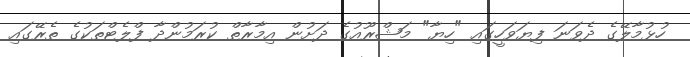
ހުޅުމާލޭގެ ދެވަނަ ފިޔަވަހީގައި "ހިޔާ" މަޝްރޫއުގެ ދަށުން އިމާރާތް ކުރަމުންދާ ފްލެޓްތަކުގެ ތެރޭގައި